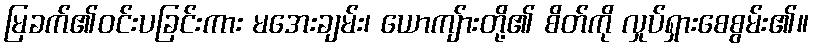
မြခက်၏ဝင်းပခြင်းကား မအေးချမ်း၊ ယောကျ်ားတို့၏ စိတ်ကို လှုပ်ရှားစေစွမ်း၏။